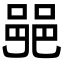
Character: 𨛜